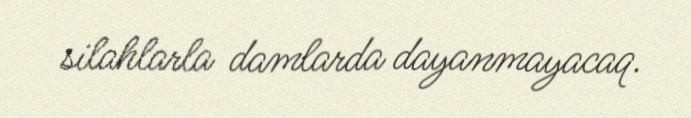
silahlarla damlarda dayanmayacaq.